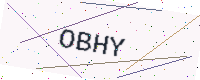
Text: OBHY